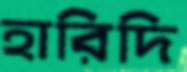
হারিদি